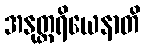
အနုတ္တရိယေနာတိ